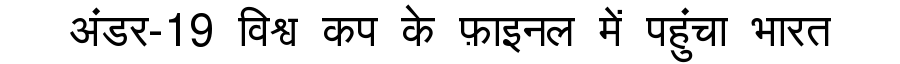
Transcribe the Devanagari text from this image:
अंडर-19 विश्व कप के फ़ाइनल में पहुंचा भारत